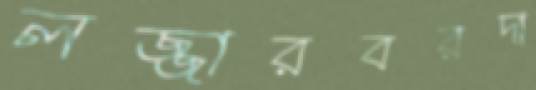
লজ্জারবরদা